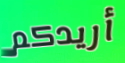
أريدكم